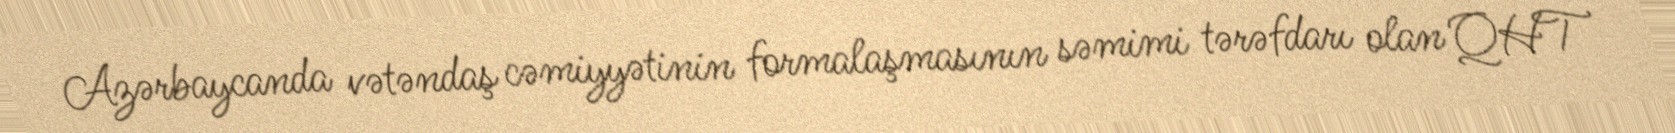
Azərbaycanda vətəndaş cəmiyyətinin formalaşmasının səmimi tərəfdarı olan QHT